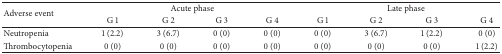
<table><thead><tr><td rowspan="2"><b>Adverse event</b></td><td colspan="4"><b>Acute phase</b></td><td colspan="4"><b>Late phase</b></td></tr><tr><td><b>G 1</b></td><td><b>G 2</b></td><td><b>G 3</b></td><td><b>G 4</b></td><td><b>G 1</b></td><td><b>G 2</b></td><td><b>G 3</b></td><td><b>G 4</b></td></tr></thead><tbody><tr><td>Neutropenia</td><td>1 (2.2)</td><td>3 (6.7) </td><td>0 (0)</td><td>0 (0)</td><td>0 (0)</td><td>3 (6.7)</td><td>1 (2.2)</td><td>0 (0)</td></tr><tr><td>Thrombocytopenia</td><td>0 (0)</td><td>0 (0)</td><td>0 (0)</td><td>0 (0)</td><td>0 (0)</td><td>0 (0)</td><td>0 (0)</td><td>1 (2.2)</td></tr></tbody></table>